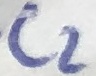
Text: C2